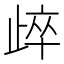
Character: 㱖